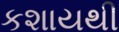
કશાયથી